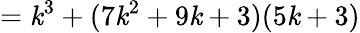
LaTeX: =\mathit{k}^{3}+(7\mathit{k}^{2}+9\mathit{k}+3)(5\mathit{k}+3)